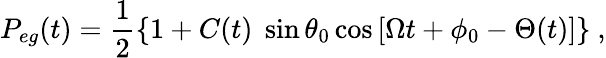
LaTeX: P_{eg}(t)=\frac{1}{2}\left\{ {1+C(t)\; \sin\theta_{0}\cos\left[\Omega t+\phi_{0}-\Theta(t)\right]}\right\} \ ,